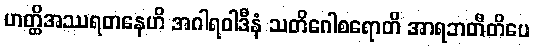
ဟတ္ထိအဿရတနေဟိ အဂါရဝါဒီနံ သတိဂေါစရောတိ အာရဘတီတိပေ